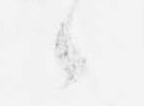
候